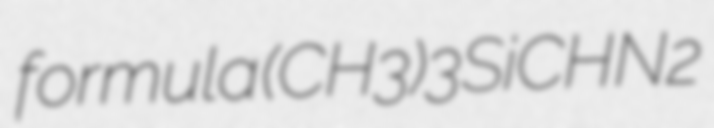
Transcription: formula (CH3)3SiCHN2